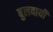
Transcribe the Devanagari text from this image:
बुलवायी